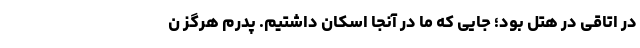
در اتاقی در هتل بود؛ جایی که ما در آنجا اسکان داشتیم. پدرم هرگز ن